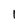
Character: 1